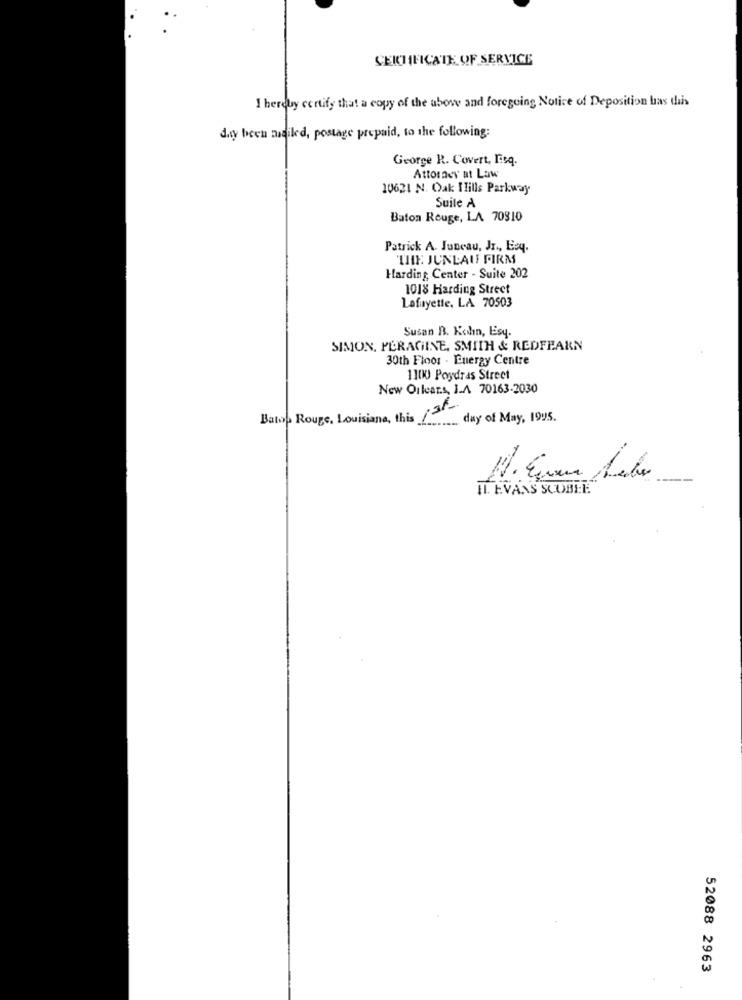
CERTIFICATE OF SERVICE
I hereby certify that a copy of the abow and foregoing Notice of Deposition bas thais
day bech mailed, postage prepaid, to the following:
George R. Covert, Esq.
Attorney at Law
10621 N. Oak Hills Parkway
Suite À
Baton Rouge, LA 70310
Patrick A. Juneau, Jr ., Esq.
THE JUNLAU FIRM
Harding Center - Suite 202
1018 Harding Street
Lafayette, LA 70503
Susan B. Koln, Esy.
SIMON, PERAGINE, SMITH & REDFEARN
30th Floor . Energy Centre
110KJ Poydras Street
New Orleans, LA 70163-2030
Baton Rouge, Louisiana, this 13t-
.... day of May, 1995.
IL. EVANS SCOBEE
52088 2963